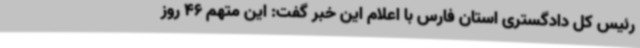
رئیس کل دادگستری استان فارس با اعلام این خبر گفت: این متهم 46 روز